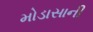
મોડાસાની